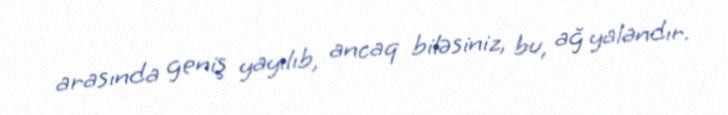
arasında geniş yayılıb, ancaq biləsiniz, bu, ağ yalandır.